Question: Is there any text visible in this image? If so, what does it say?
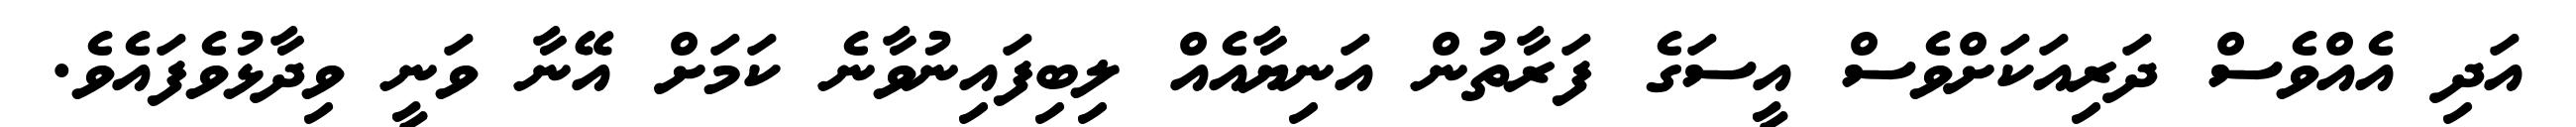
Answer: އަދި އެއްވެސް ދަރިއަކަށްވެސް އީސަގެ ފަރާތުން އަނިޔާއެއް ލިބިފައިނުވާނެ ކަމަށް އޭނާ ވަނީ ވިދާޅުވެފައެވެ.